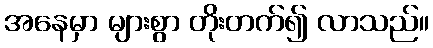
အနေမှာ များစွာ တိုးတက်၍ လာသည်။